Civil Veterinary Department Bihar & Orissa reports 1929-36 - 1929-1936
Year: 1929
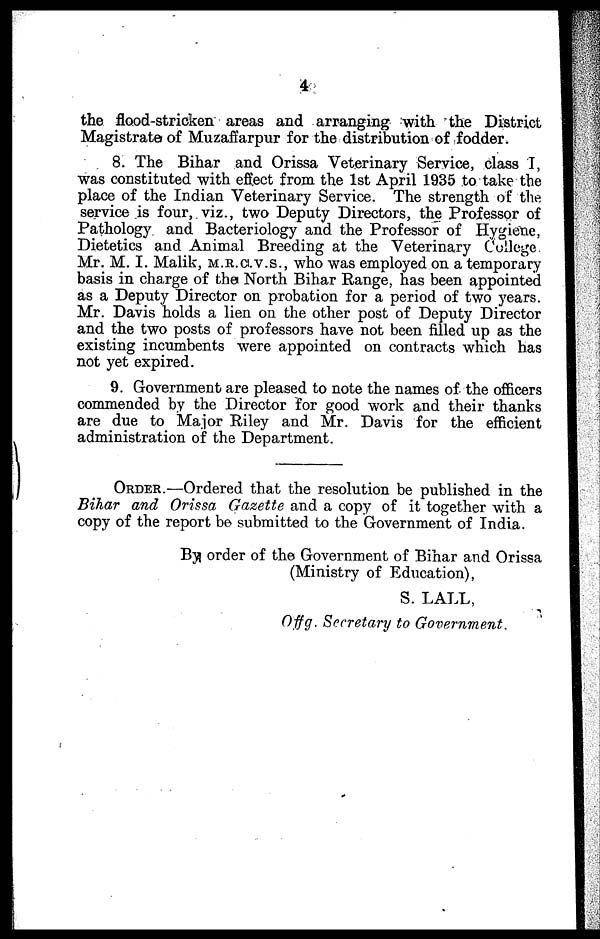
4
the flood-stricken areas and arranging with the District
Magistrate of Muzaffarpur for the distribution of fodder.
8. The Bihar and Orissa Veterinary Service, class I,
was constituted with effect from the 1st April 1935 to take the
place of the Indian Veterinary Service. The strength of the
service is four, viz., two Deputy Directors, the Professor of
Pathology and Bacteriology and the Professor of Hygiene,
Dietetics and Animal Breeding at the Veterinary College.
Mr. M. I. Malik, M.R.C.V.S., who was employed on a temporary
basis in charge of the North Bihar Range, has been appointed
as a Deputy Director on probation for a period of two years.
Mr. Davis holds a lien on the other post of Deputy Director
and the two posts of professors have not been filled up as the
existing incumbents were appointed on contracts which has
not yet expired.
9. Government are pleased to note the names of the officers
commended by the Director for good work and their thanks
are due to Major Riley and Mr. Davis for the efficient
administration of the Department.
ORDER.—Ordered that the resolution be published in the
Bihar and Orissa Gazette and a copy of it together with a
copy of the report be submitted to the Government of India.
By order of the Government of Bihar and Orissa
(Ministry of Education),
S. LALL,
Offg. Secretary to Government.